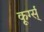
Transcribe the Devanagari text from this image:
कूर्ग्स्